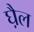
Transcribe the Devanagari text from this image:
घ़ैल